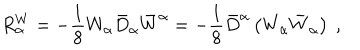
LaTeX: R _ { \alpha } ^ { W } = - \frac { 1 } { 8 } W _ { \alpha } { \bar { D } } _ { \dot { \alpha } } { \bar { W } } ^ { \dot { \alpha } } = - \frac { 1 } { 8 } { \bar { D } } ^ { \dot { \alpha } } \left( W _ { \alpha } { \bar { W } } _ { \dot { \alpha } } \right) \ ,